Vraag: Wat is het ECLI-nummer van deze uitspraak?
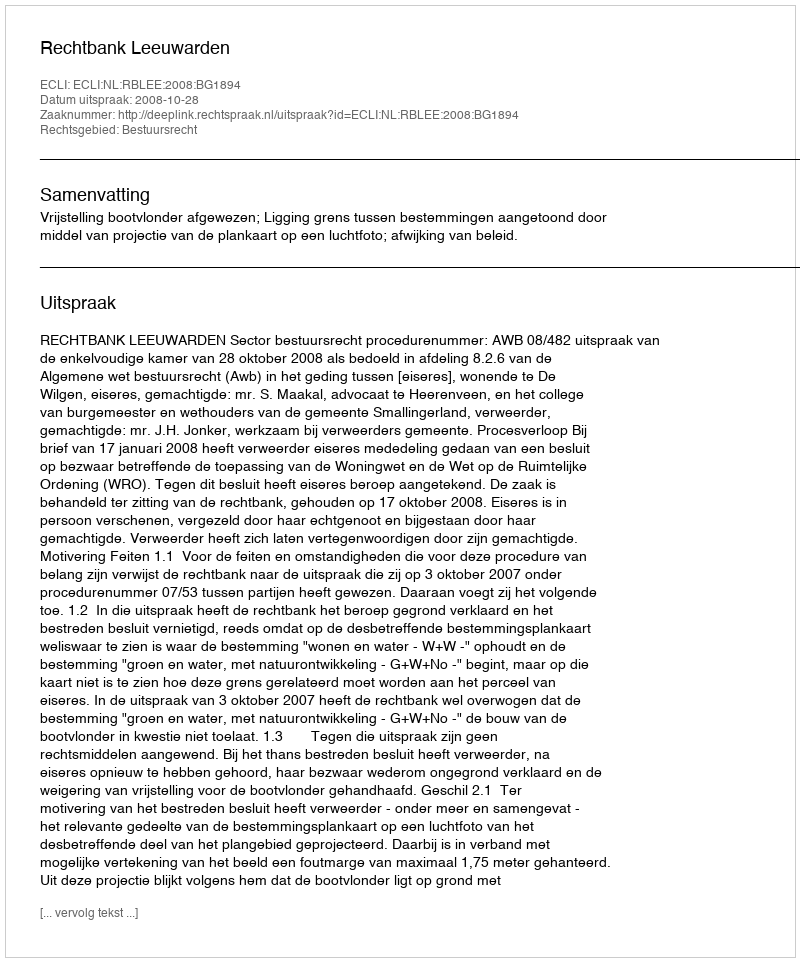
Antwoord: ECLI:NL:RBLEE:2008:BG1894